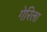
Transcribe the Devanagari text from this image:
गेरिला